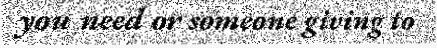
you need or someone giving to